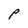
Character: P